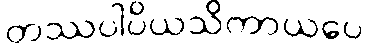
တဿပါပိယသိကာယပေ